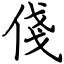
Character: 俴